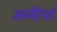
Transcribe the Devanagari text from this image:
अमीनां